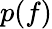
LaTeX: p(f)